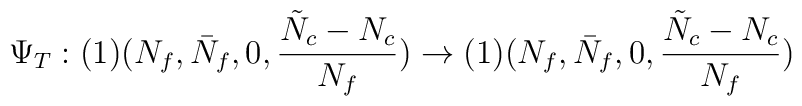
\Psi_{T}: (1) (N_{f}, \bar{N}_{f}, 0, \frac{\tilde{N}_{c}-N_{c}}{N_{f}})\rightarrow (1) (N_{f}, \bar{N}_{f}, 0, \frac{\tilde{N}_{c}-N_{c}}{N_{f}})